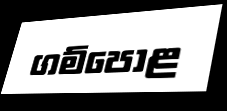
ගම්පොළ